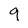
Character: 9